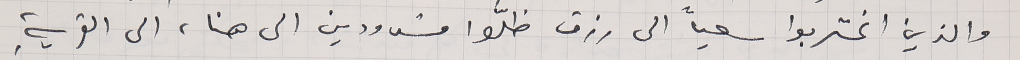
والذين اغتربوا سعياً الى رزق ظلّوا مشدودين الى هنا، الى القريةِ